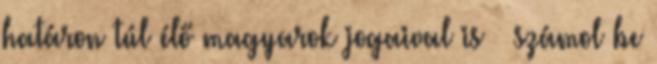
határon túl élő magyarok jogaival is – számol be